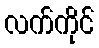
လက်ကိုင်